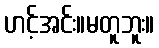
ဟင့်အင်း။မတူဘူး။